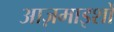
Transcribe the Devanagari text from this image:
आज़माइशों